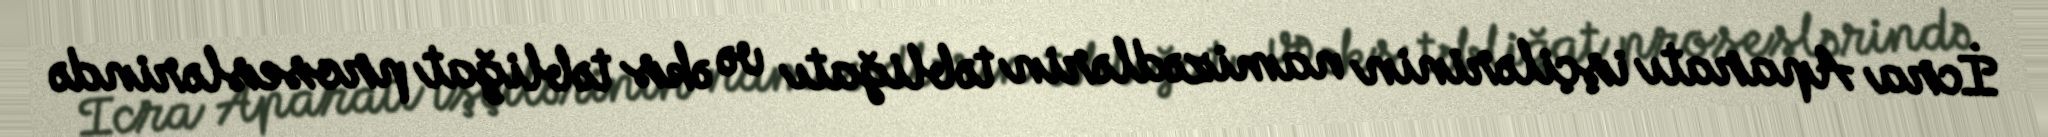
İcra Aparatı işçilərinin namizədlərin təbliğatı və əks təbliğat proseslərində